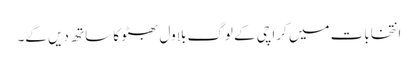
انتخابات میں کراچی کے لوگ بلاول بھٹو کا ساتھ دیں گے۔